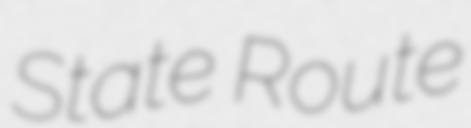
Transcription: State Route